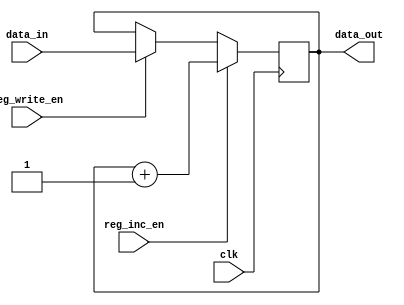
module reg_inc (input clk,
               input reg_write_en,
               input reg_inc_en,
               input [15:0] data_in,
               output reg [15:0] data_out = 16'b0);
               
    reg [15:0] reg_write_en_i;
    
    always @(posedge clk) begin
        if (reg_write_en == 1'b1)   // write data to the register
            data_out <= data_in;
        if (reg_inc_en == 1'b1)     // increment the value
            data_out <= data_out + 16'b1;
        end
        
endmodule